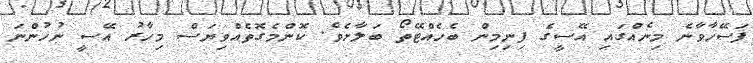
ފަސޭހާވާނެ މިނެއްގައި އޭސީގެ ފިނިމިން ބެހެއްޓޭތޯ ބަލާށެވެ. ކޮންމެގޮތެއްވިޔަސް މިހާރު އޭސީ ނުހުންނަ